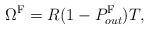
LaTeX: \begin{align*}\Omega^{\mathrm{F}} = R(1-P^{\mathrm{F}}_{out})T,\end{align*}